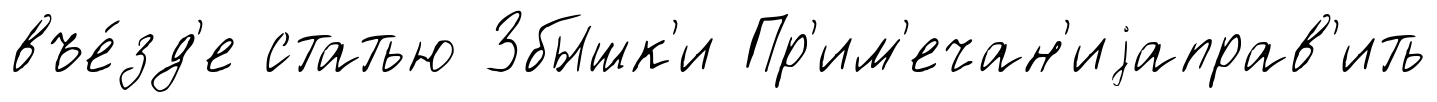
въе́зд'е статью Збышк'и Пр'им'ечан'иjаправ'ить